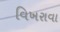
વિખરાવા